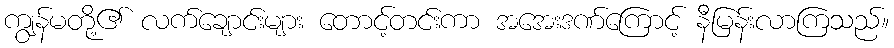
ကျွန်မတို့၏ လက်ချောင်းများ တောင့်တင်းကာ အအေးဒဏ်ကြောင့် နီမြန်းလာကြသည်။